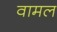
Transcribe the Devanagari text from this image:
वामल